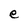
Character: e